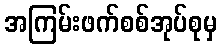
အကြမ်းဖက်စစ်အုပ်စုမှ